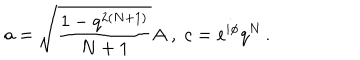
a = \sqrt { \frac { 1 - q ^ { 2 ( N + 1 ) } } { N + 1 } } A \; , \; c = e ^ { i \phi } q ^ { N } \, .